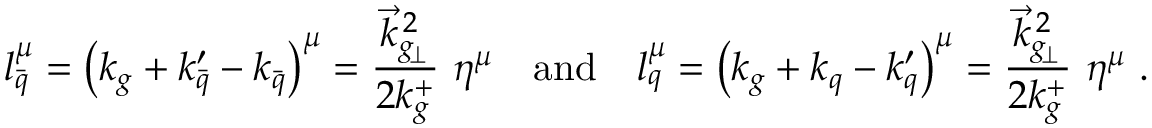
l _ { \bar { q } } ^ { \mu } = \left( k _ { g } + k _ { \bar { q } } ^ { \prime } - k _ { \bar { q } } \right) ^ { \mu } = { \frac { \vec { k } _ { g _ { \! \perp } } ^ { \, 2 } } { 2 k _ { g } ^ { + } } } \ \eta ^ { \mu } \quad \mathrm { a n d } \quad l _ { q } ^ { \mu } = \left( k _ { g } + k _ { q } - k _ { q } ^ { \prime } \right) ^ { \mu } = { \frac { \vec { k } _ { g _ { \! \perp } } ^ { \, 2 } } { 2 k _ { g } ^ { + } } } \ \eta ^ { \mu } \ .